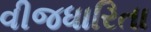
વીજધારિતા